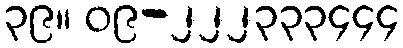
၃၉။ ၀၉-၂၂၂၃၃၃၄၄၄